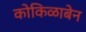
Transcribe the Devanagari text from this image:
कोकिळाबेन